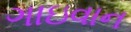
ગાઇવાન